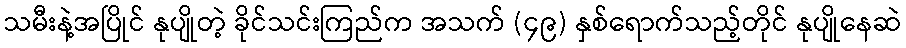
သမီးနဲ့အပြိုင် နုပျိုတဲ့ ခိုင်သင်းကြည်က အသက် (၄၉) နှစ်ရောက်သည့်တိုင် နုပျိုနေဆဲ